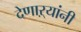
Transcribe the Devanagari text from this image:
देणाऱ्यांनी